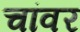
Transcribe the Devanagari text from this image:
चांवर